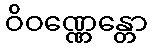
ဝိဝဏ္ဏေန္တော